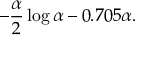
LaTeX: - \frac { \alpha } { 2 } \log \alpha - 0 . 7 0 5 \alpha .